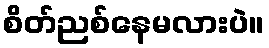
စိတ်ညစ်နေမလားပဲ။